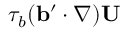
\tau _ { b } ( { \bf { b } } ^ { \prime } \cdot \nabla ) { \bf { U } }